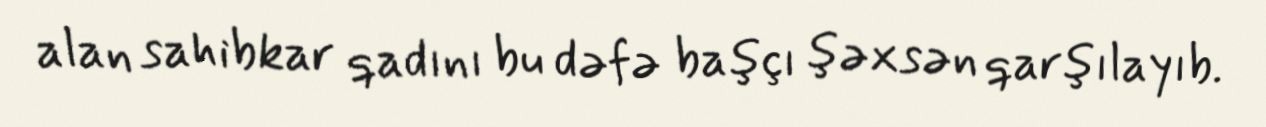
alan sahibkar qadını bu dəfə başçı şəxsən qarşılayıb.